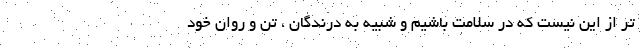
تر از این نیست که در سلامت باشیم و شبیه به درندگان ، تن و روانِ خود